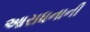
આરાધનાની